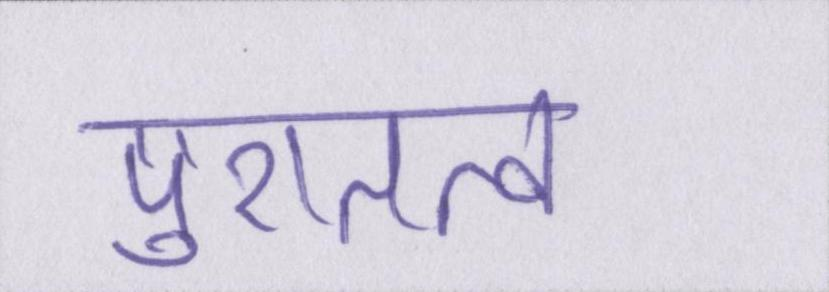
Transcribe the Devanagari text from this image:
पुरातत्व